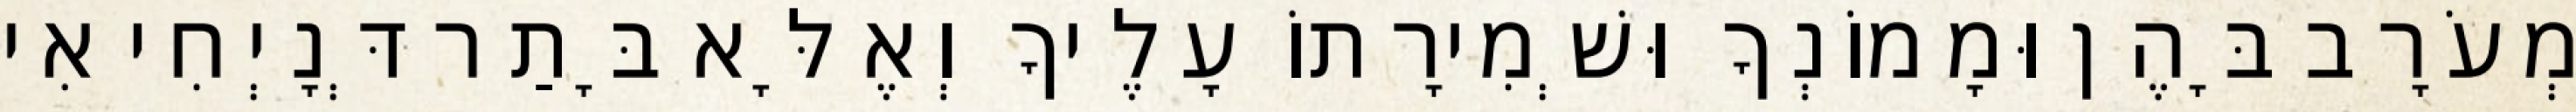
מְעֹרָב בָּהֶן וּמָמוֹנְךָ וּשְׁמִירָתוֹ עָלֶיךָ וְאֶלָּא בָּתַר דְּנָיְחִי אִי